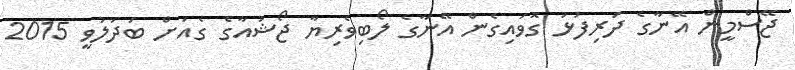
ޖޭސްމީން އޭނާގެ ދަރިފުޅު ގޮވައިގެން އޭނާގެ ލޯބިވެރިޔާ ޖޯޝުއާގެ ގެއަށް ބަދަލުވީ 2015